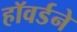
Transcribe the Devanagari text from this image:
हॉवर्डने